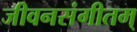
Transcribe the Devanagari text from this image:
जीवनसंगीतम्